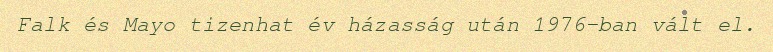
Falk és Mayo tizenhat év házasság után 1976-ban vált el.